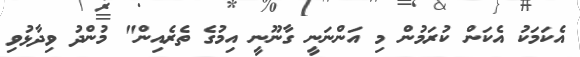
އެކަމަކު އެކަން ކުރަމުން މި އަންނަނީ ގާނޫނީ އިމުގެ ތެރެއިން" މުންދު ވިދާޅުވި